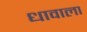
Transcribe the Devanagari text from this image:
धावाला